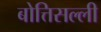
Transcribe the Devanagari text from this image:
बोत्तिसल्ली